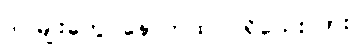
ဒါ မျိုးတွေ နောက်ထပ် ရှိသေးလား။